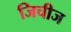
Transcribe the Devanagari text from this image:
जिचीज